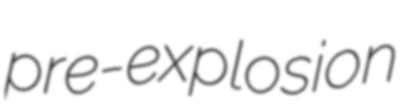
pre-explosion